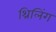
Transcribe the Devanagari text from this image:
थ्रिलिंग